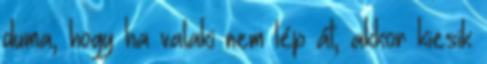
duma, hogy ha valaki nem lép át, akkor kiesik